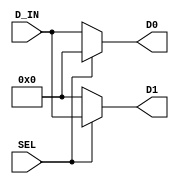
module mux_flipped_2t1_nb(SEL, D_IN, D0, D1); 
       input  SEL;
       input [n-1:0]  D_IN;
       output reg [n-1:0] D0, D1; 
       
       parameter n = 8; 
        
       always @(SEL, D_IN)
       begin 
	  if (SEL == 0)
	  begin
		D0 = D_IN;
		D1 = 0;
	  end
          else if (SEL == 1)  
	  begin
		  D1 = D_IN;
		  D0 = 0;
	  end
          else
	  begin
		  D0=0;
		  D1=0;
	  end
       end
                
endmodule